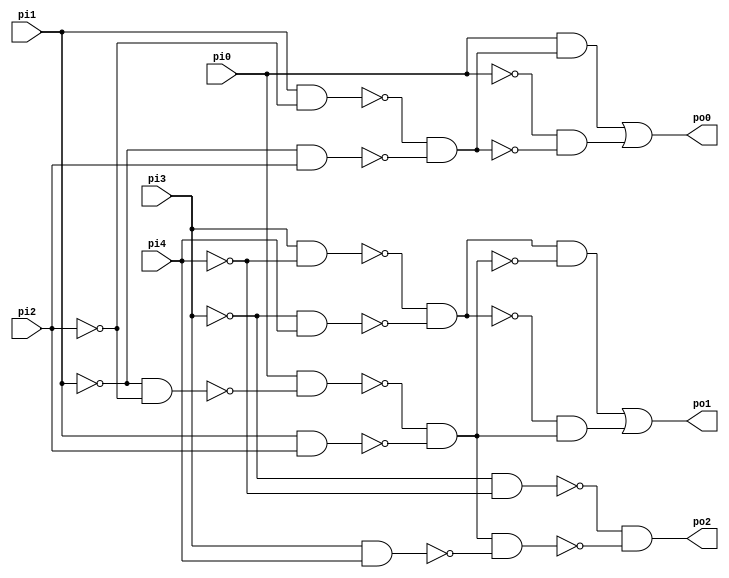
// Benchmark "top" written by ABC on Fri Sep  4 10:02:12 2020

module top (
    pi0, pi1, pi2, pi3, pi4,
    po0, po1, po2  );
  input  pi0, pi1, pi2, pi3, pi4;
  output po0, po1, po2;
  wire new_n9_, new_n10_, new_n11_, new_n12_, new_n13_, new_n15_, new_n16_,
    new_n17_, new_n18_, new_n19_, new_n20_, new_n21_, new_n22_, new_n23_,
    new_n25_, new_n26_, new_n27_;
  assign new_n9_ = pi1 & ~pi2;
  assign new_n10_ = ~pi1 & pi2;
  assign new_n11_ = ~new_n9_ & ~new_n10_;
  assign new_n12_ = pi0 & new_n11_;
  assign new_n13_ = ~pi0 & ~new_n11_;
  assign po0 = new_n12_ | new_n13_;
  assign new_n15_ = pi3 & ~pi4;
  assign new_n16_ = ~pi3 & pi4;
  assign new_n17_ = ~new_n15_ & ~new_n16_;
  assign new_n18_ = ~pi1 & ~pi2;
  assign new_n19_ = pi0 & ~new_n18_;
  assign new_n20_ = pi1 & pi2;
  assign new_n21_ = ~new_n19_ & ~new_n20_;
  assign new_n22_ = new_n17_ & ~new_n21_;
  assign new_n23_ = ~new_n17_ & new_n21_;
  assign po1 = new_n22_ | new_n23_;
  assign new_n25_ = ~pi3 & ~pi4;
  assign new_n26_ = pi3 & pi4;
  assign new_n27_ = new_n21_ & ~new_n26_;
  assign po2 = ~new_n25_ & ~new_n27_;
endmodule